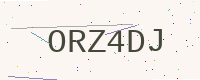
Text: ORZ4DJ